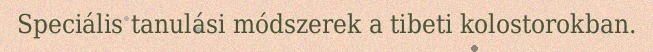
Speciális tanulási módszerek a tibeti kolostorokban.